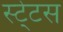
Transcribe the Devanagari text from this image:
स्‍टे्टस